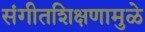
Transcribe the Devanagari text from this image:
संगीतशिक्षणामुळे